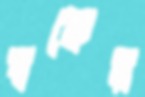
হুকের